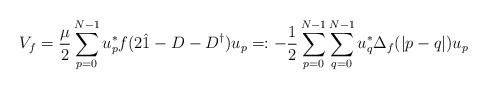
LaTeX: \begin{align*}V_f = \frac{\mu}{2}\sum_{p=0}^{N-1}u_p^*f(2{\hat 1}-D-D^{\dagger})u_p =: -\frac{1}{2} \sum_{p=0}^{N-1}\sum_{q=0}^{N-1} u_q^*\Delta_f(|p-q|)u_p\end{align*}